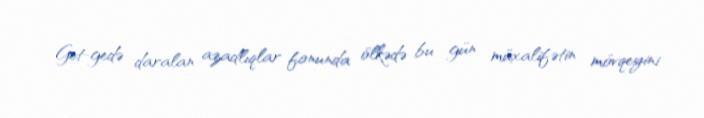
Get-gedə daralan azadlıqlar fonunda ölkədə bu gün müxalifətin mövqeyini